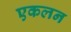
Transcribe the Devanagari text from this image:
एकलन